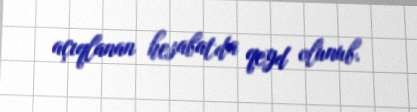
açıqlanan hesabatda qeyd olunub.